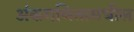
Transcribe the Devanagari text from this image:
अंकगणितामधील